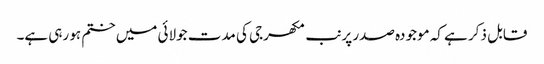
قابل ذکر ہے کہ موجودہ صدر پرنب مکھرجی کی مدت جولائی میں ختم ہو رہی ہے۔